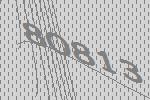
80813